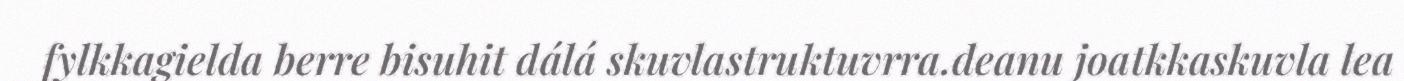
fylkkagielda berre bisuhit dálá skuvlastruktuvrra.deanu joatkkaskuvla lea